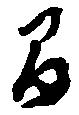
間